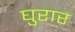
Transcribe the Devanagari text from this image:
घुरार